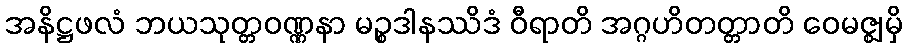
အနိဋ္ဌဖလံ ဘယသုတ္တဝဏ္ဏနာ မဉ္စဒါနဿိဒံ ဝီရာတိ အဂ္ဂဟိတတ္တာတိ ဝေမဇ္ဈမှိ